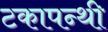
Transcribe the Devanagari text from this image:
टकापन्थी